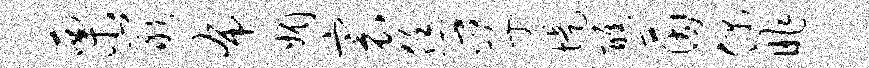
栗岩布媚寰恁孚堤醮茵偶昨